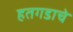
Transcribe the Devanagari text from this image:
हतगडाचे